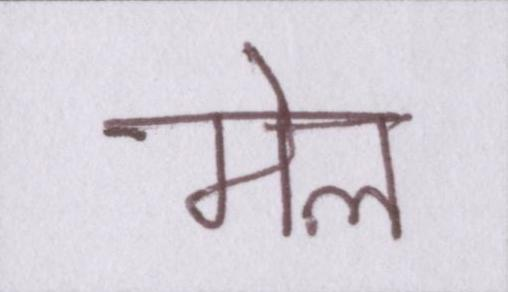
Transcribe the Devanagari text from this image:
मेल